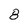
Character: 8